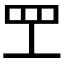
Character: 𬙕